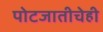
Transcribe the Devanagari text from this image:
पोटजातीचेही